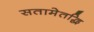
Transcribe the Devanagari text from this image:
सतामेतद्धि